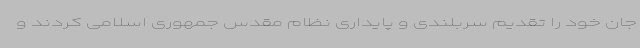
جان خود را تقدیم سربلندی و پایداری نظام مقدس جمهوری اسلامی کردند و